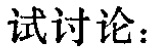
试讨论：